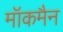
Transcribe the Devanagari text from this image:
मॉकमैन